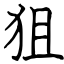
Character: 狙